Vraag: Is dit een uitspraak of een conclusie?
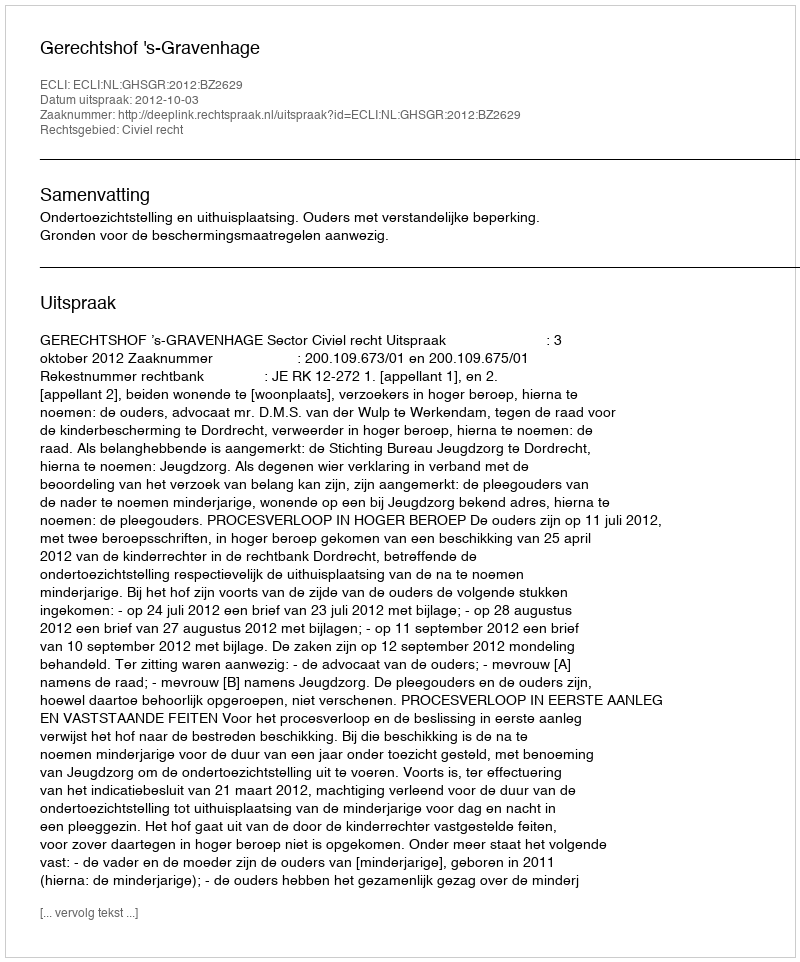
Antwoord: Uitspraak